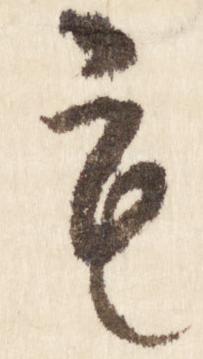
も